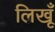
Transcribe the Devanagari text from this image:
लिखूँ